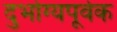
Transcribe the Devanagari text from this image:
दुर्भाग्यपूर्वक